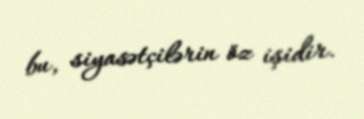
bu, siyasətçilərin öz işidir.